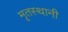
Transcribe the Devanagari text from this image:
मृतस्थानी